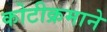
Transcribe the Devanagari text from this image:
कोटीक्रमाने